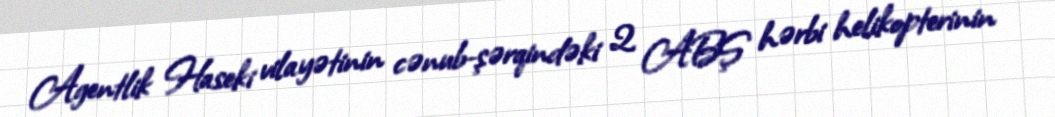
Agentlik Haseki vilayətinin cənub-şərqindəki 2 ABŞ hərbi helikopterinin